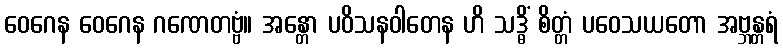
ဝေဂေန ဝေဂေန ဂဏေတဗ္ဗံ။ အန္တော ပဝိသနဝါတေန ဟိ သဒ္ဓိံ စိတ္တံ ပဝေသယတော အဗ္ဘန္တရံ